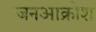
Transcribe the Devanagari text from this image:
जनआक्रोश